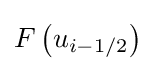
F\left(u_{i-1/2}\right)